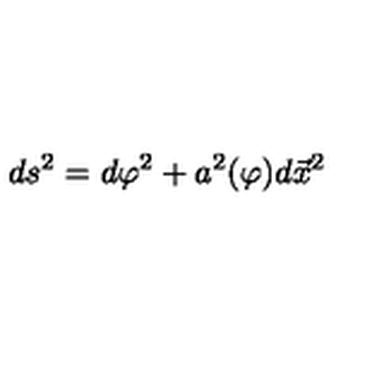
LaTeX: d s ^ { 2 } = d \varphi ^ { 2 } + a ^ { 2 } ( \varphi ) d \vec { x } ^ { 2 }